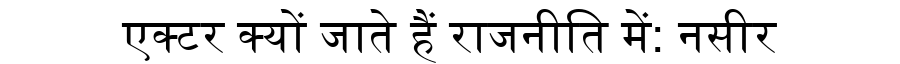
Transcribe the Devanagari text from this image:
एक्टर क्यों जाते हैं राजनीति में: नसीर